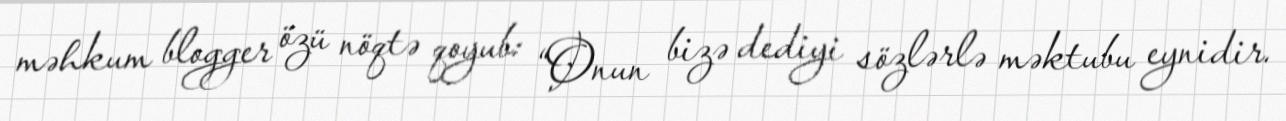
məhkum blogger özü nöqtə qoyub: “Onun bizə dediyi sözlərlə məktubu eynidir.